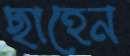
ছাহেন